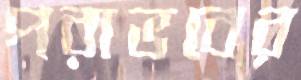
পরাভবের